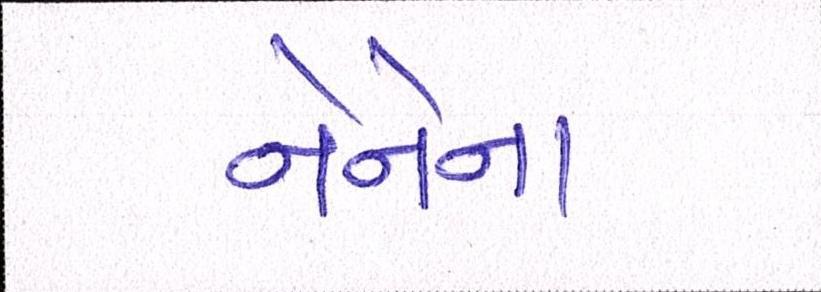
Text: નેનેના